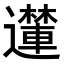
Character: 𮟝